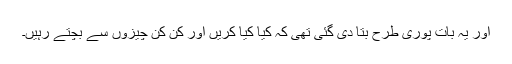
اور یہ بات پوری طرح بتا دی گئی تھی کہ کیا کیا کریں اور کن کن چیزوں سے بچتے رہیں۔